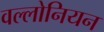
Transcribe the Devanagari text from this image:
वल्लोनियन